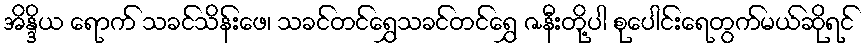
အိန္ဒိယ ရောက် သခင်သိန်းဖေ၊ သခင်တင်ရွှေသခင်တင်ရွှေ ဇနီးတို့ပါ စုပေါင်းရေတွက်မယ်ဆိုရင်